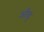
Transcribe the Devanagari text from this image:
आँबु